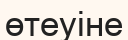
өтеуіне